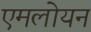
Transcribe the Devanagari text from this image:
एमलोयन